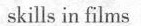
skills in films